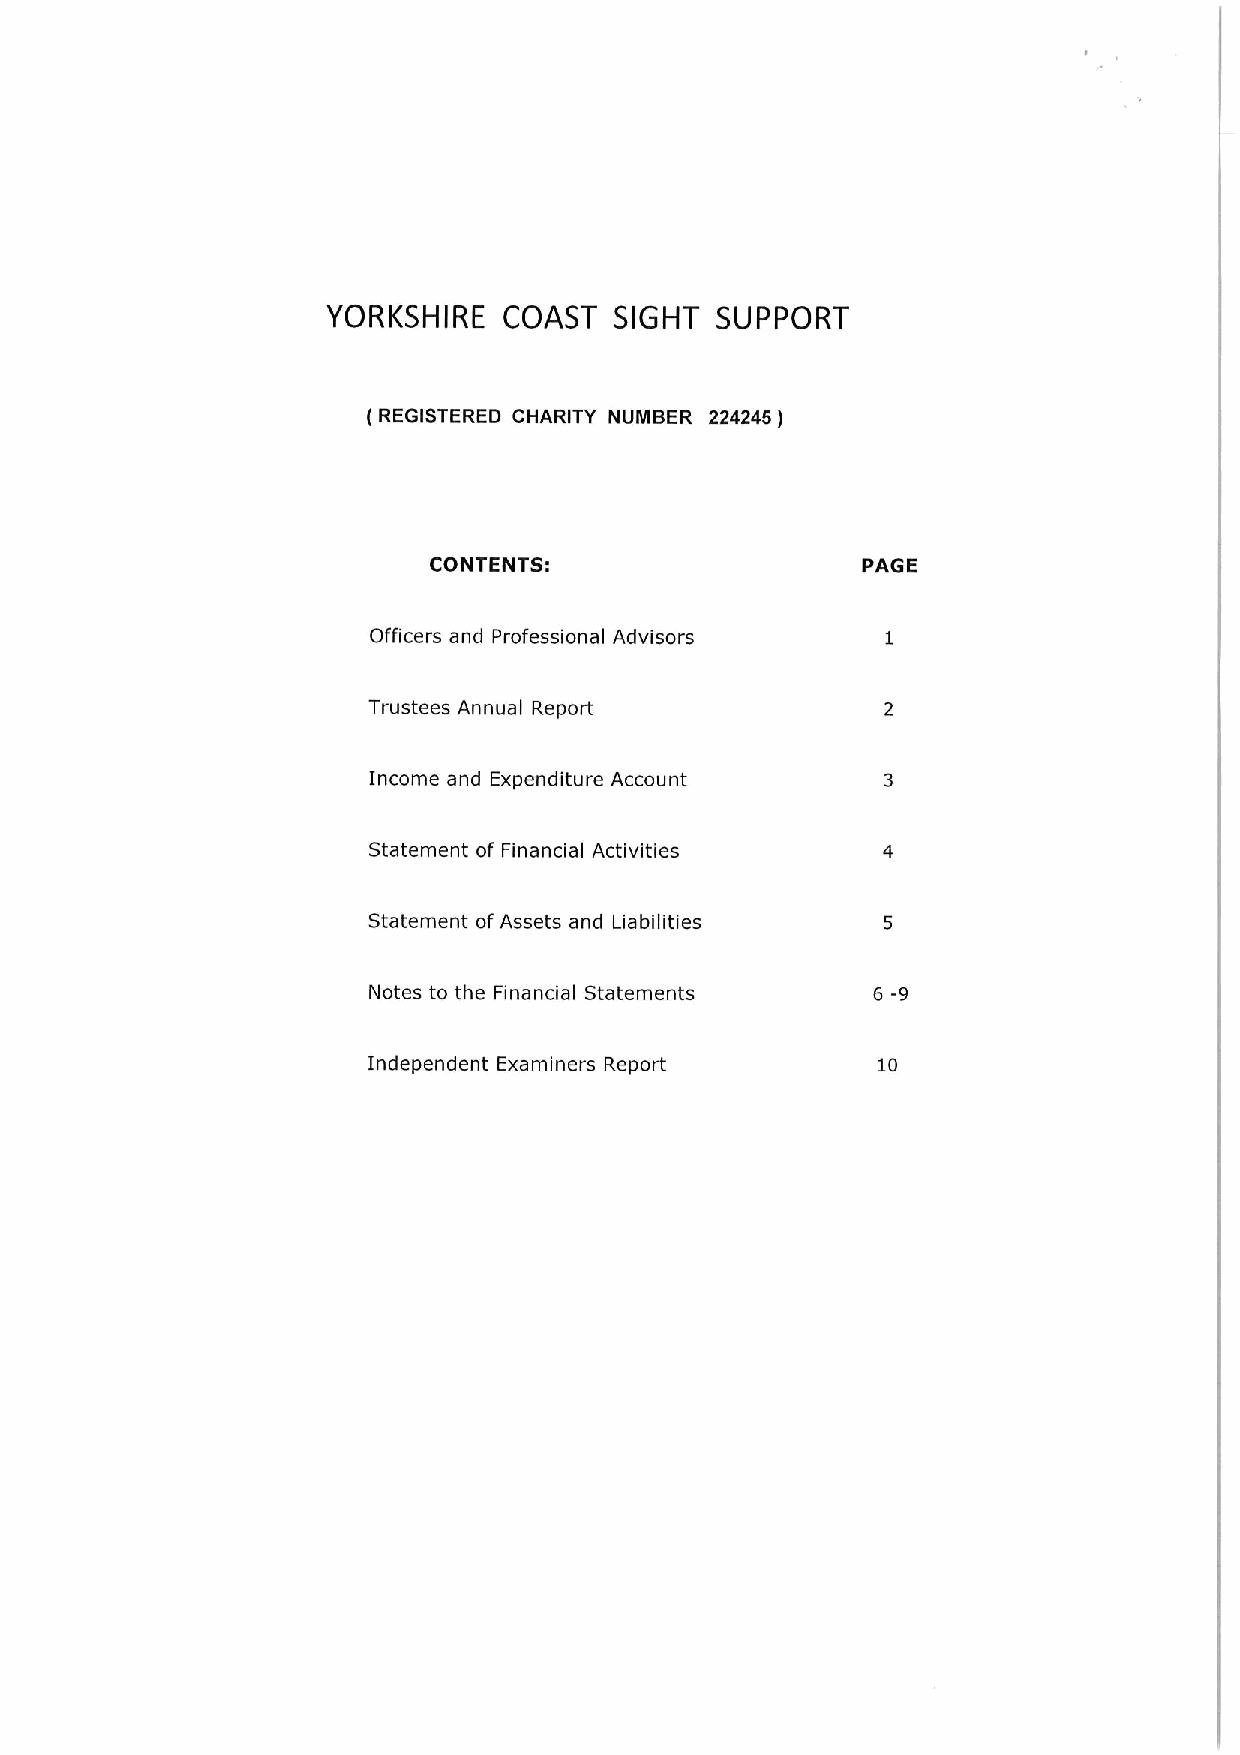
YORKSHIRE  COAST   SIGHT SUPPORT
 ( REGISTERED CHARITY NUMBER 224245 )
 CONTENTS:                    PAGE
 Officers and Professional Advisors
 Trustees Annua Report
 I
 Income and Expenditure Account
 Statement of Financial Activities
 Statement of Assets and Liabilities
 Notes to the Financial Statements 6 -9
 Independent Examiners Report      10